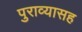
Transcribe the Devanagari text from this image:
पुराव्यासह